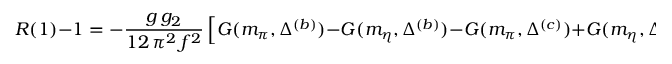
R ( 1 ) - 1 = - \frac { g \, g _ { 2 } } { 1 2 \, \pi ^ { 2 } \, f ^ { 2 } } \, \Big [ G ( m _ { \pi } , \Delta ^ { ( b ) } ) - G ( m _ { \eta } , \Delta ^ { ( b ) } ) - G ( m _ { \pi } , \Delta ^ { ( c ) } ) + G ( m _ { \eta } , \Delta ^ { ( c ) } ) \Big ] \, ,